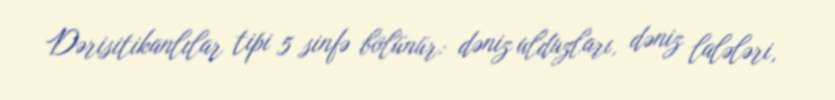
Dərisitikanlılar tipi 5 sinfə bölünür: dəniz ulduzları, dəniz lalələri,